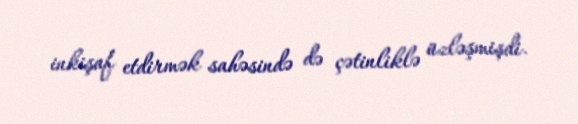
inkişaf etdirmək sahəsində də çətinliklə üzləşmişdi.